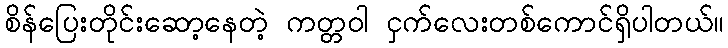
စိန်ပြေးတိုင်းဆော့နေတဲ့ ကတ္တဝါ ငှက်လေးတစ်ကောင်ရှိပါတယ်။